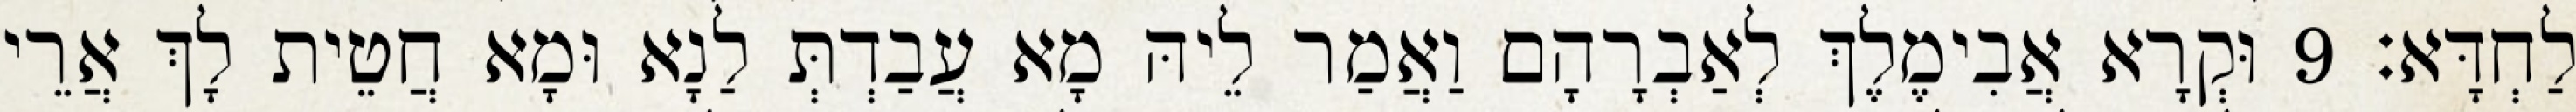
לַחְדָּא׃ 9 וּקְרָא אֲבִימֶלֶךְ לְאַבְרָהָם וַאֲמַר לֵיהּ מָא עֲבַדְתְּ לַנָא וּמָא חֲטֵית לָךְ אֲרֵי